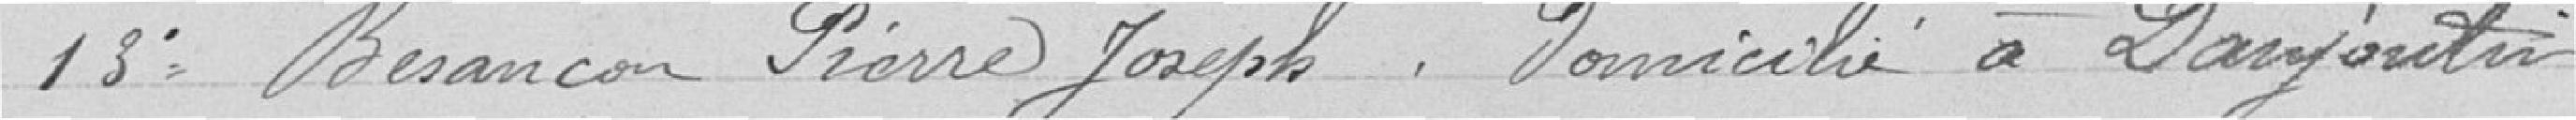
13° Besançon Pierre Joseph, domicilié à Danjoutin